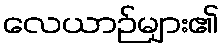
လေယာဉ်များ၏